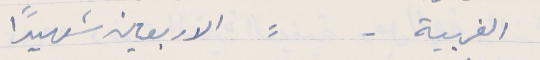
الغربية -         ⸗       الاربعين شهيداً